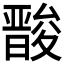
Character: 𮰳